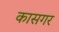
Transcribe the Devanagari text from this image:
कासगर